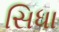
સિધા